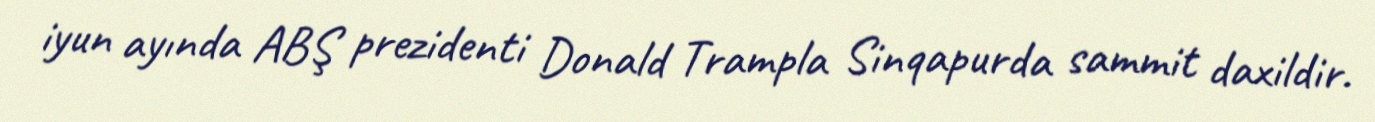
iyun ayında ABŞ prezidenti Donald Trampla Sinqapurda sammit daxildir.